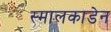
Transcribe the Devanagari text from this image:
स्मालकाडेन